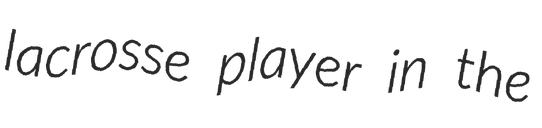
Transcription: lacrosse player in the